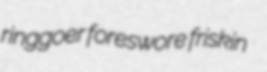
ringgoer foreswore friskin